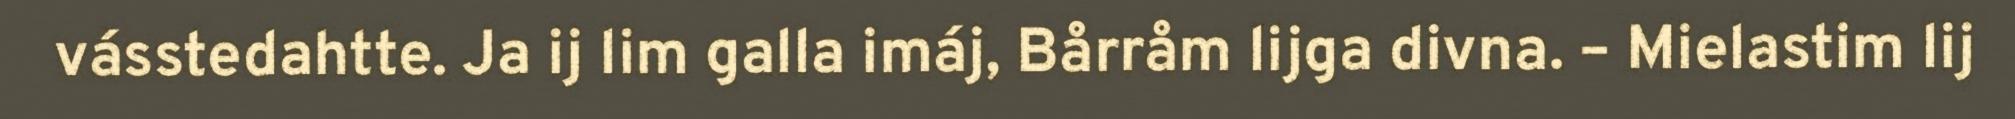
vásstedahtte. Ja ij lim galla imáj, Bårråm lijga divna. – Mielastim lij